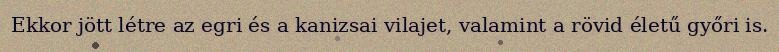
Ekkor jött létre az egri és a kanizsai vilajet, valamint a rövid életű győri is.